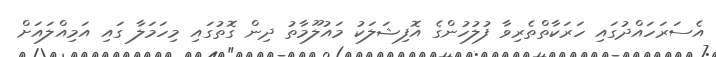
އެސަރަހައްދުގައި ހަރަކާތްތެރިވާ ފުލުހުންގެ އޮފިޝަލަކު މައުލޫމާތު ދިން ގޮތުގައި މިހަމަލާ ގައި އަމިއްލައަށް